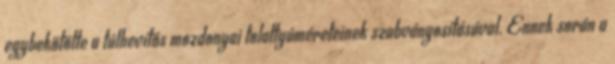
egybekötötte a túlhevítős mozdonyai tolattyúméreteinek szabványosításával. Ennek során a